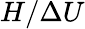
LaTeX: H/\Delta U